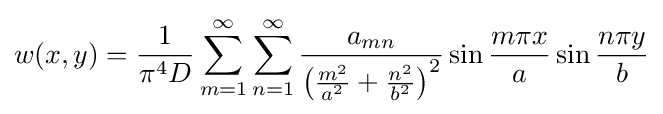
w(x,y)={\frac {1}{\pi ^{4}D}}\sum _{m=1}^{\infty }\sum _{n=1}^{\infty }{\frac {a_{mn}}{\left({\frac {m^{2}}{a^{2}}}+{\frac {n^{2}}{b^{2}}}\right)^{2}}}\sin {\frac {m\pi x}{a}}\sin {\frac {n\pi y}{b}}